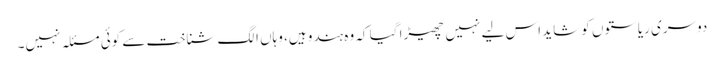
دوسری ریاستوں کو شاید اس لیے نہیں چھیڑا گیا کہ وہ ہندو ہیں، وہاں الگ شناخت سے کوئی مسئلہ نہیں۔